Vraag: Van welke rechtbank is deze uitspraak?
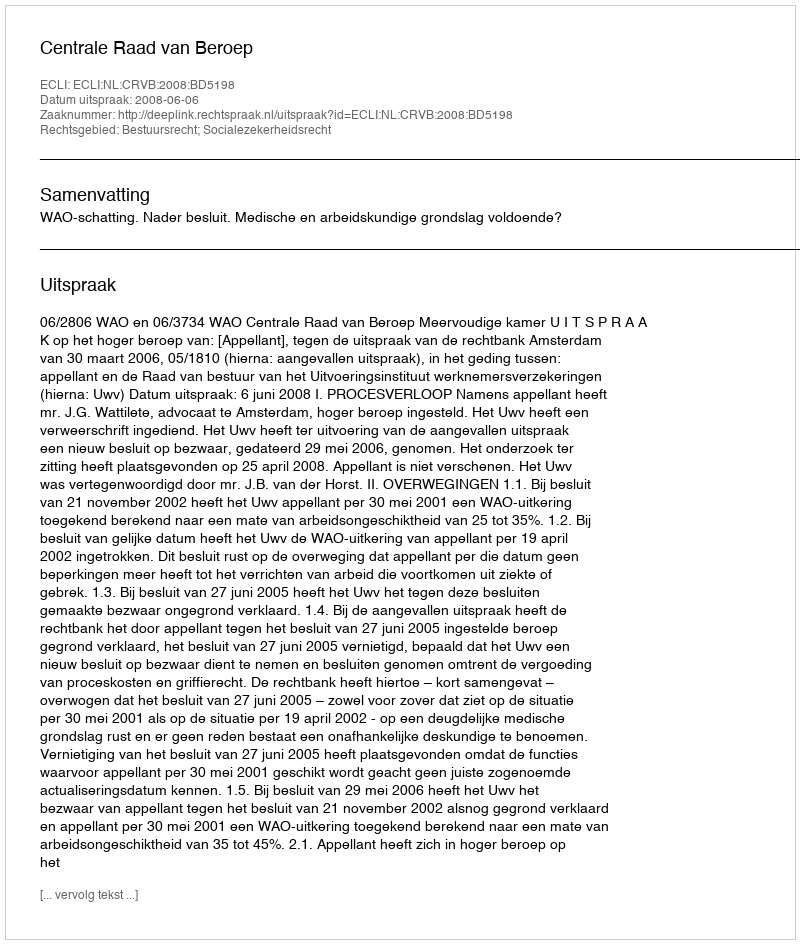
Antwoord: Centrale Raad van Beroep